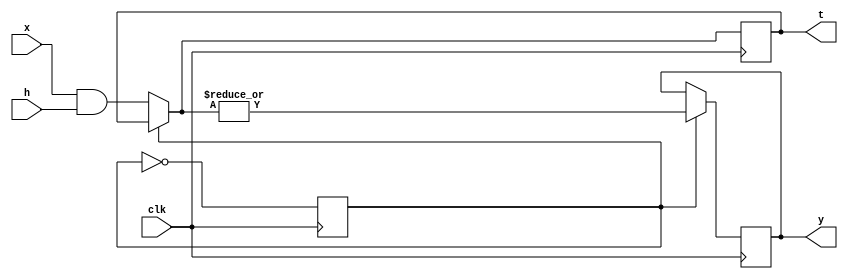
module al(x,h,clk,y,t);
input [9:0] x,h; 
output reg y;
input clk;
reg count=0;
output reg [9:0] t;
always @(posedge clk)
begin
if(!count)
begin
t= (x&h);
end
if(count)
begin
y= |t;
end
count = ~count;
end
endmodule